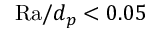
\mathrm { R a } / d _ { p } < 0 . 0 5